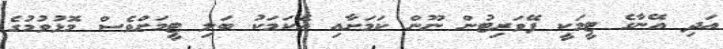
އަދި އޭނާގެ ޓީމަކީ ފޭވަރިޓުން ނޫން ކަމަށާއި އެކަަމަކު ބަލި ޓީމަށްވެސް މޮޅުވުމުގެ